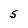
Character: S